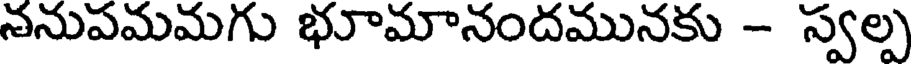
చనుపమమగు భూమానందమునకు - స్వల్ప